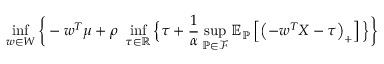
\operatorname* { i n f } _ { \boldsymbol { w } \in W } \bigg \{ - \boldsymbol { w } ^ { T } \boldsymbol { \mu } + \rho \ \operatorname* { i n f } _ { \tau \in \mathbb { R } } \Big \{ \tau + \frac { 1 } { \alpha } \operatorname* { s u p } _ { \mathbb { P } \in \mathcal { F } } \mathbb { E } _ { \mathbb { P } } \left[ \left( - \boldsymbol { w } ^ { T } \boldsymbol { X } - \tau \right) _ { + } \right] \Big \} \bigg \}